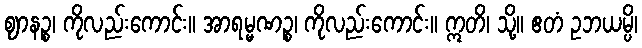
ဈာနဉ္စ၊ ကိုလည်းကောင်း။ အာရမ္မဏဉ္စ၊ ကိုလည်းကောင်း။ ဣတိ၊ သို့။ ဧတံ ဥဘယမ္ပိ၊